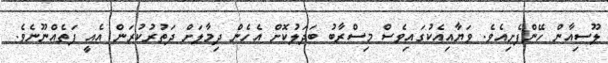
ލޫސިއާން ހޭންފެށިއެވެ. ވަޔާއިއެކުގައިވެސް މިސްރާބު ބަދަލުކޮށް އެހެން ދިމާލަށް ދަތުރުކުރަން އެއީ ފަތެއްނޫނެވެ.